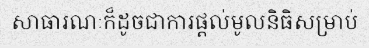
សាធារណៈក៏ដូចជាការផ្តល់មូលនិធិសម្រាប់